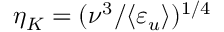
\eta _ { K } = ( \nu ^ { 3 } / \langle \varepsilon _ { u } \rangle ) ^ { 1 / 4 }